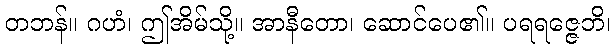
တဘန်။ ဂဟံ၊ ဤအိမ်သို့။ အာနီတော၊ ဆောင်ပေ၏။ ပရရဇ္ဇေဘိ၊